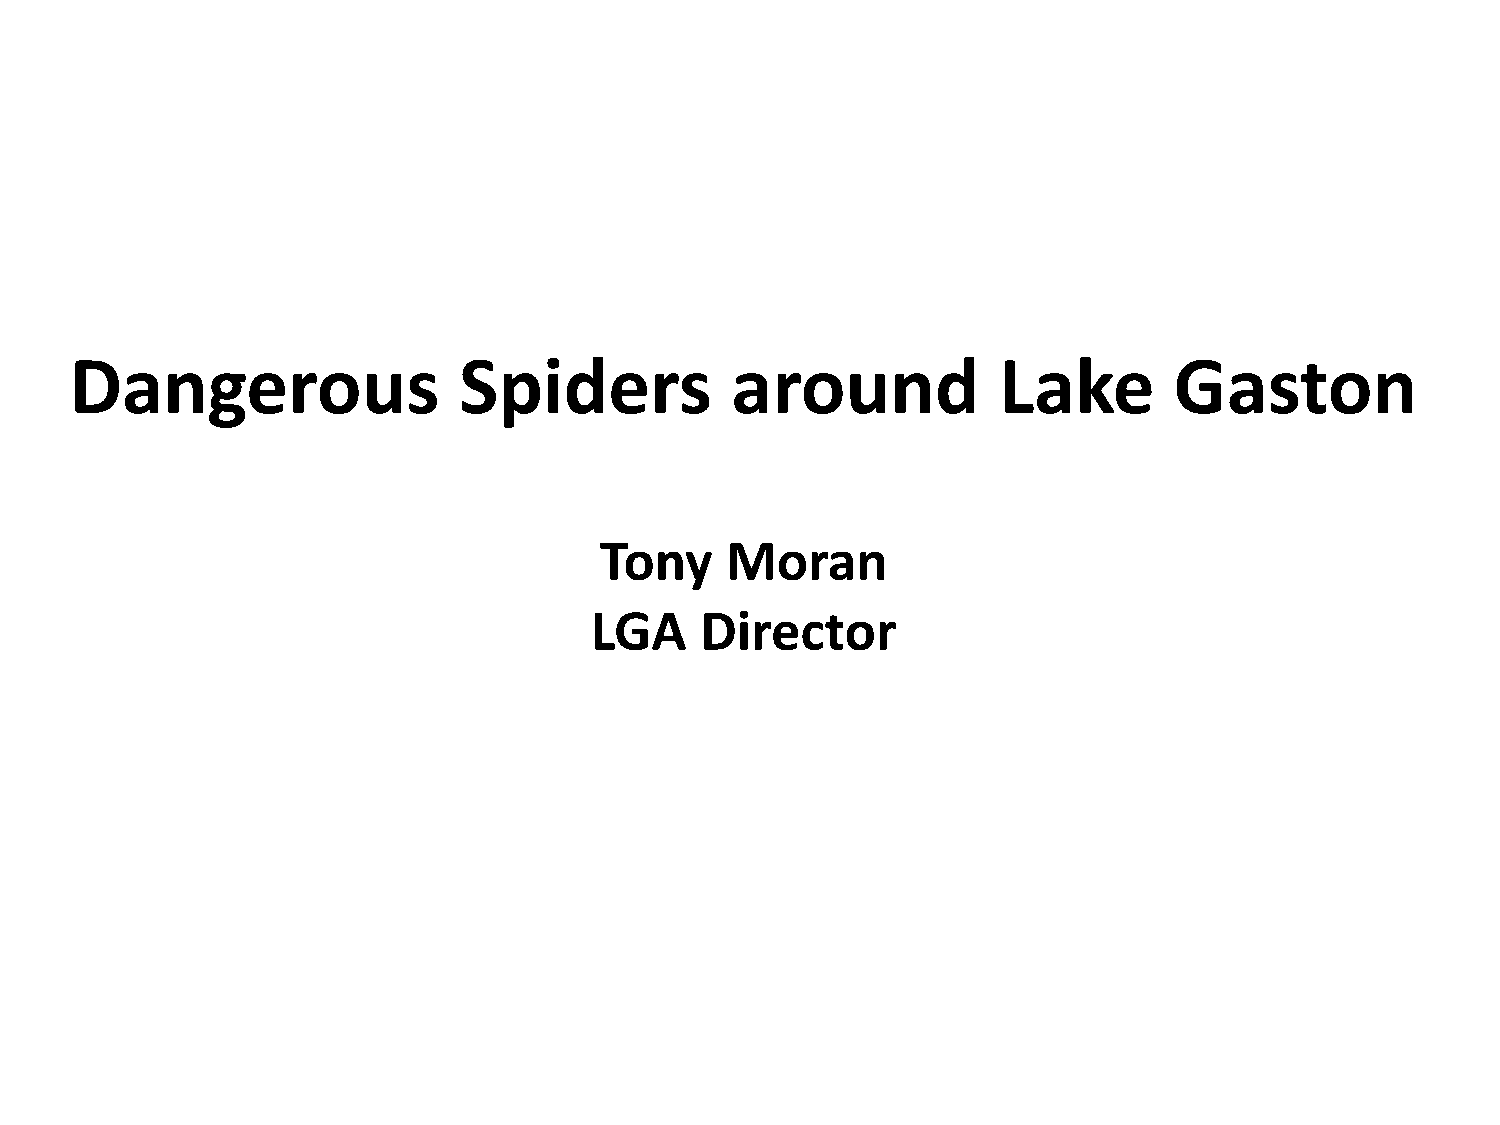
Dangerous                Spiders           around            Lake        Gaston
 Tony    Moran
 LGA    Director